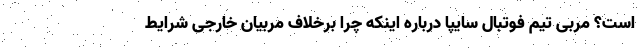
است؟ مربی تیم فوتبال سایپا درباره اینکه چرا برخلاف مربیان خارجی شرایط